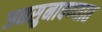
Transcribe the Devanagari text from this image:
जनसुनावण्यात